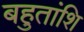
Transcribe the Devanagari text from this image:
बहुतांशि